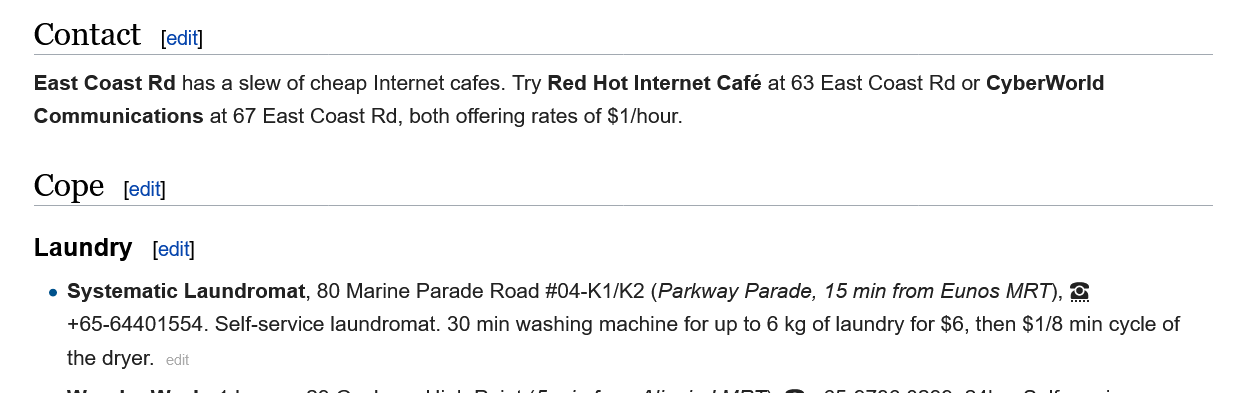
Contact
    Cope
    Laundry
     [edit]
     [edit]
     [edit]
    East Coast Rd has a slew of cheap Internet cafes. Try Red Hot Internet Café at 63 East Coast Rd or CyberWorld
   Communications  at 67 East Coast Rd, both offering rates of $1/hour.
     e Systematic Laundromat, 80 Marine Parade Road #04-K1/K2 (Parkway Parade, 15 min from Eunos MRT), &
     +65-64401554. Self-service laundromat. 30 min washing machine for up to 6 kg of laundry for $6, then $1/8 min cycle of
     the dryer.